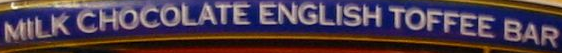
MILK CHOCOLATE ENGLISH TOFFEE BAR